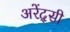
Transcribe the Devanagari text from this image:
अरेंद्सी